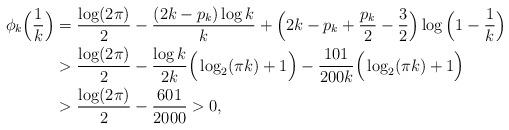
LaTeX: \begin{align*}\phi_k\Big(\frac{1}{k}\Big) & = \frac{\log(2\pi)}{2} - \frac{(2k-p_k)\log k}{k} + \Big(2k-p_k+\frac{p_k}{2}-\frac{3}{2}\Big)\log\Big(1-\frac{1}{k}\Big) \\& > \frac{\log(2\pi)}{2} - \frac{\log k}{2k} \Big(\log_2(\pi k) + 1\Big) - \frac{101}{200k}\Big(\log_2(\pi k) + 1\Big) \\& > \frac{\log(2\pi)}{2} - \frac{601}{2000} > 0,\end{align*}